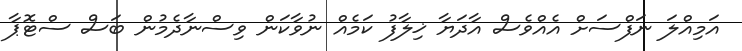
އަމިއްލަ ނަފްސަށް އެއްވެސް އާދަޔާ ޚިލާފު ކަމެއް ނުވާކަން ވިސްނާދެމުން ބަސް ސްޓޮޕާ